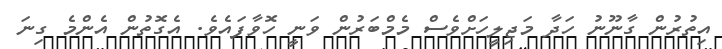
އިތުރުން ގާނޫނު ހަދާ މަޖިލީހަށްވެސް މެމްބަރުން ވަނީ ހޮވާފައެވެ. އެގޮތުން އެންމެ ގިނަ